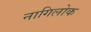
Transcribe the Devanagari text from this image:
नागिलोक